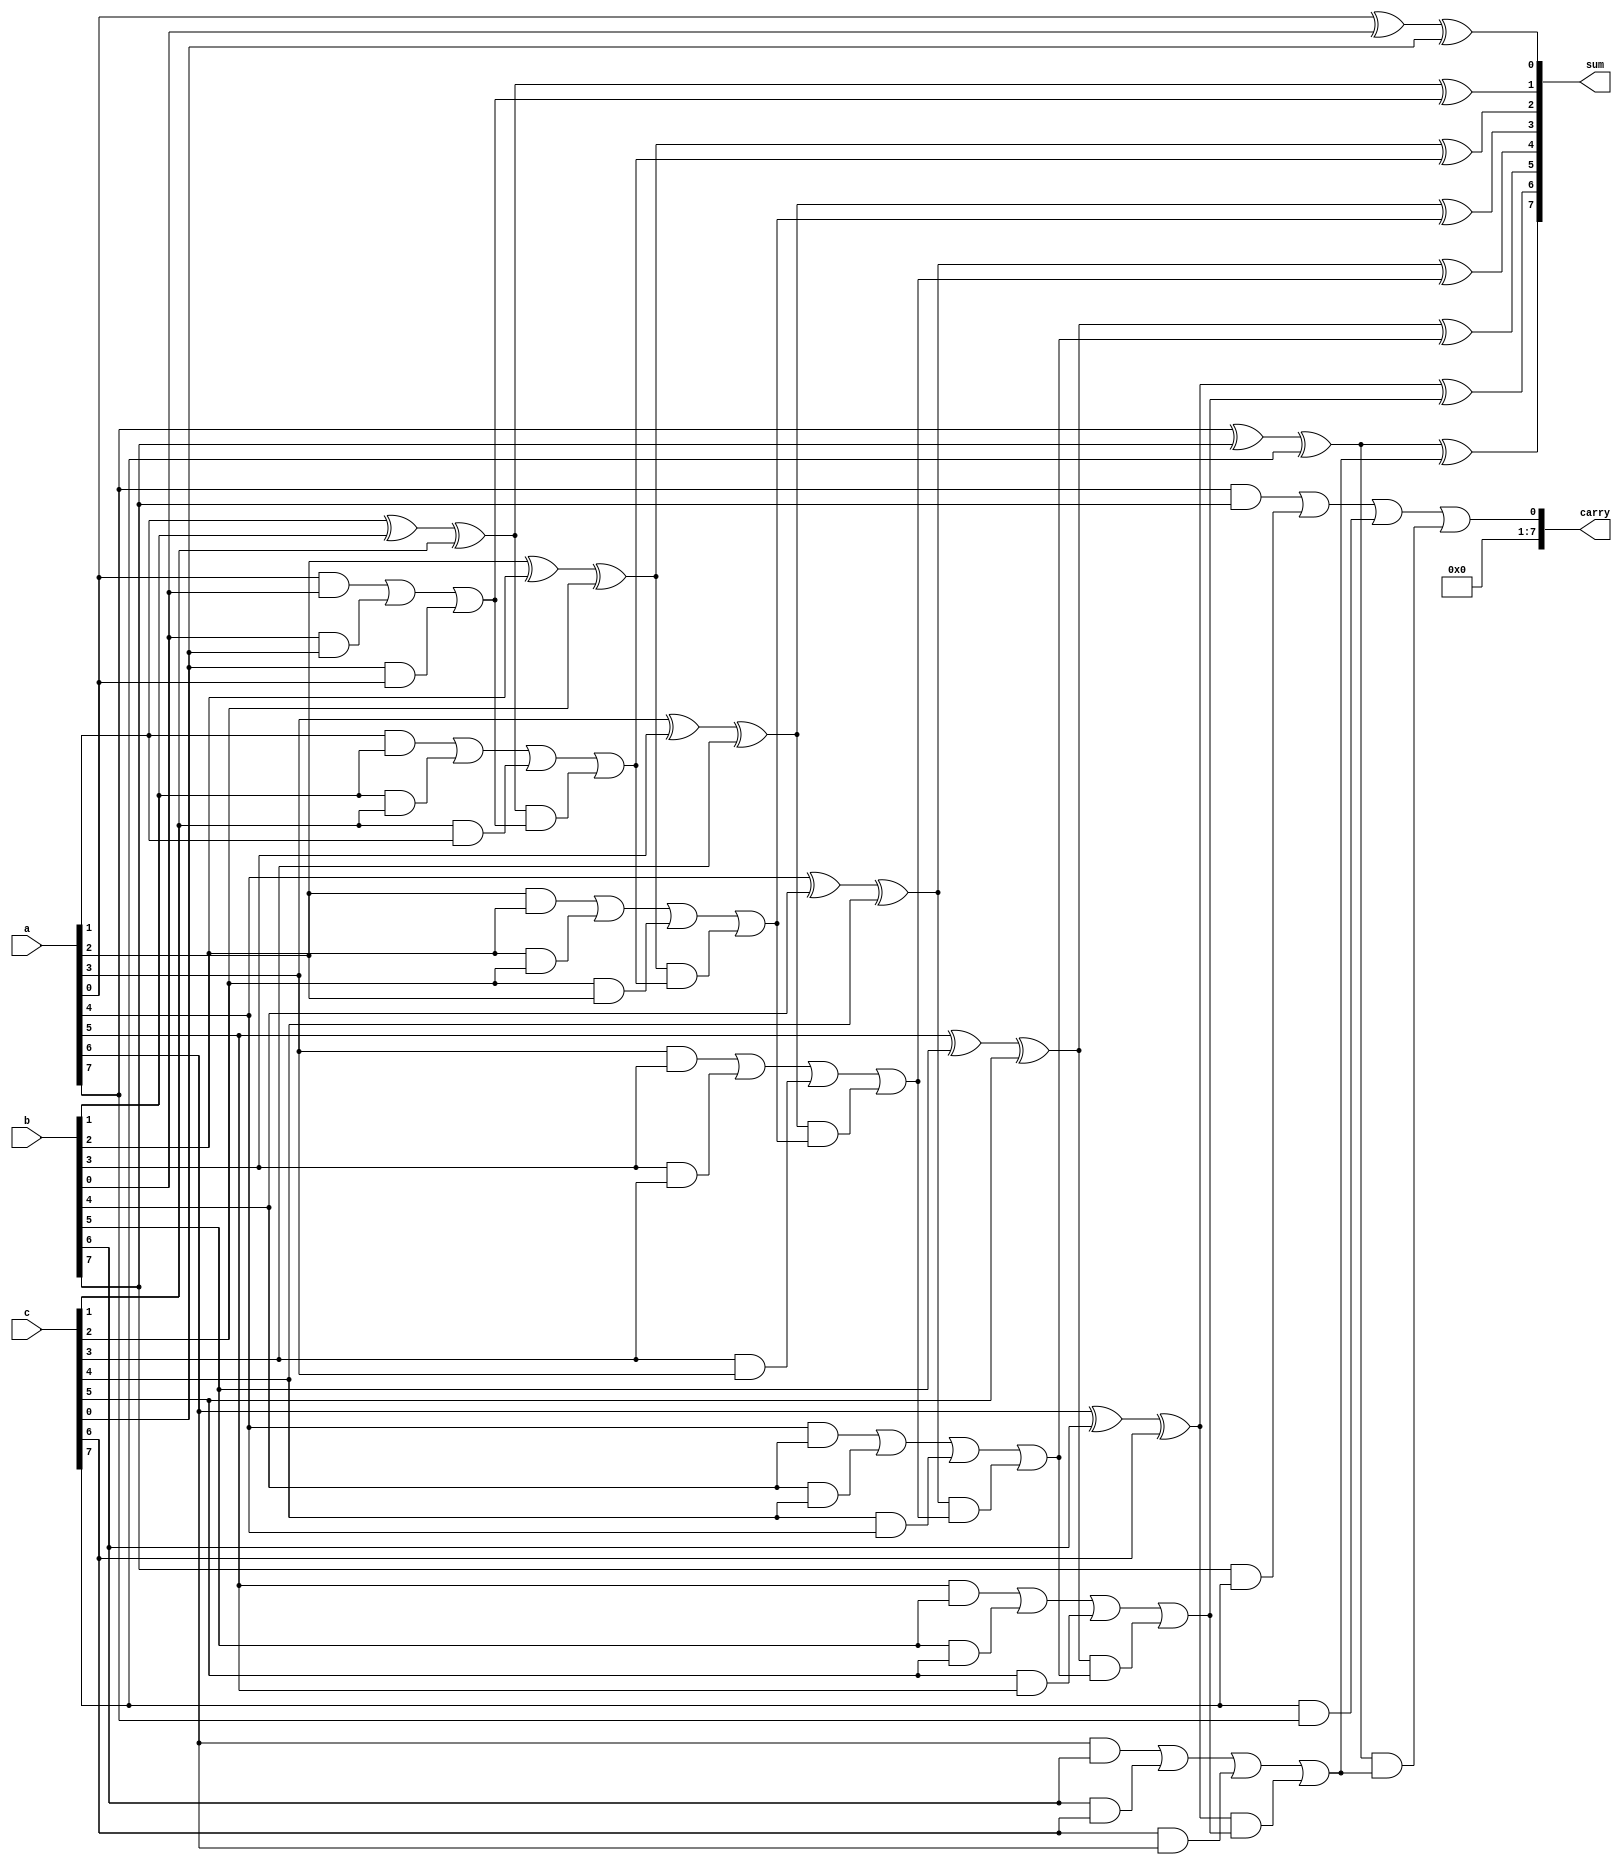
module carry_save_adder (
    input  [N-1:0] a,  // First input
    input  [N-1:0] b,  // Second input
    input  [N-1:0] c,  // Third input
    output [N-1:0] sum, // Final sum output
    output [N-1:0] carry // Final carry output
);
    parameter N = 8; // Width of the input numbers

    // Intermediate sums and carries
    wire [N-1:0] sum1, carry1;
    wire [N-1:0] sum2, carry2;

    // Stage 1: Carry Save Addition
    genvar i;
    generate
        for (i = 0; i < N; i = i + 1) begin : CSA_stage1
            // Full adder logic for three inputs
            assign sum1[i] = a[i] ^ b[i] ^ c[i]; // Sum bit
            assign carry1[i] = (a[i] & b[i]) | (b[i] & c[i]) | (c[i] & a[i]); // Carry bit
        end
    endgenerate

    // Stage 2: Reduction Tree
    wire [N-1:0] sum_final, carry_final;

    generate
        for (i = 0; i < N; i = i + 1) begin : Reduction_tree
            if (i == 0) begin
                // First stage of reduction
                assign sum_final[i] = sum1[i]; // First sum remains
                assign carry_final[i] = carry1[i]; // First carry remains
            end else if (i < N) begin
                // Combine previous sums and carries
                assign sum_final[i] = sum1[i] ^ carry_final[i-1]; // Sum with carry from previous stage
                assign carry_final[i] = carry1[i] | (sum1[i] & carry_final[i-1]); // Carry logic
            end
        end
    endgenerate

    // Final output
    assign sum = sum_final;
    assign carry = carry_final[N-1]; // Final carry output

endmodule